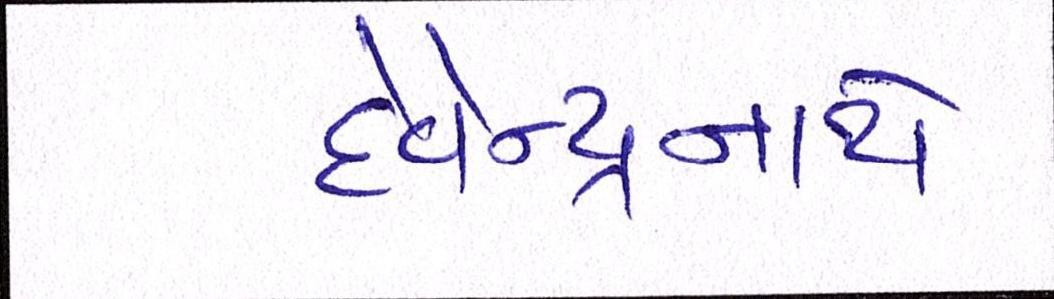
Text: દેવેન્દ્રનાથે